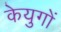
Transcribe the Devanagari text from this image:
केयुगों